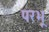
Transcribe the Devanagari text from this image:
परभू